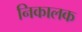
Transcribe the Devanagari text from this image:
निकालक